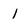
Character: 1